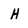
Character: H